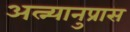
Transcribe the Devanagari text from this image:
अत्न्यानुप्रास